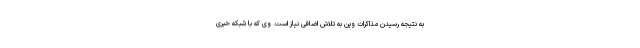
به نتیجه رسیدن مذاکرات وین به تلاش اضافی نیاز است. وی که با شبکه خبری